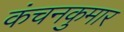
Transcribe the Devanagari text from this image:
कंचनकुमार